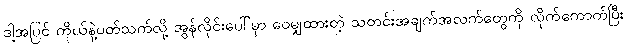
ဒါ့အပြင် ကိုယ်နဲ့ပတ်သက်လို့ အွန်လိုင်းပေါ်မှာ ဝေမျှထားတဲ့ သတင်းအချက်အလက်တွေကို လိုက်ကောက်ပြီး